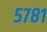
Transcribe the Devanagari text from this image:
५७८१